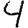
Digit: 4